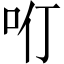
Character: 𠯼